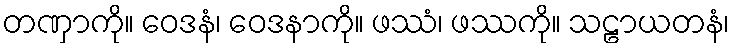
တဏှာကို။ ဝေဒနံ၊ ဝေဒနာကို။ ဖဿံ၊ ဖဿကို။ သဠာယတနံ၊